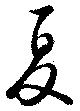
夏